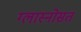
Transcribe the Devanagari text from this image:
ग्लास्नोसत